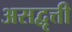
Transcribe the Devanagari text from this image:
असद्वृत्ती